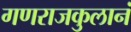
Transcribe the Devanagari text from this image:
गणराजकुलानं